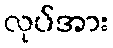
လုပ်အား